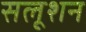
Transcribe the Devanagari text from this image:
सलूशन